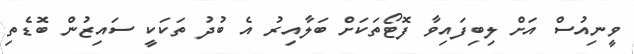
ވީނިއުސް އަށް ލިބިފައިވާ ފޮޓޯތަކަށް ބަލާއިރު އެ ބުދު ތަކަކީ ސައިޒުން ބޮޑެތި